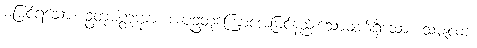
မမြင်ရသော။ ဥတုမတ္တက္ခာ၊ အပူဥတုကြောင့်အမြင်နည်းသောမျက်ရှိသော။ သမ္ဗုလာ၊